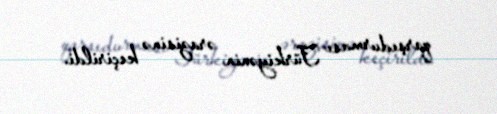
qarşıdurması Türkiyənin ərazisinə keçirildi.